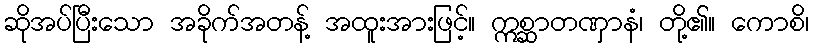
ဆိုအပ်ပြီးသော အခိုက်အတန့် အထူးအားဖြင့်။ ဣစ္ဆာတဏှာနံ၊ တို့၏။ ကောစိ၊